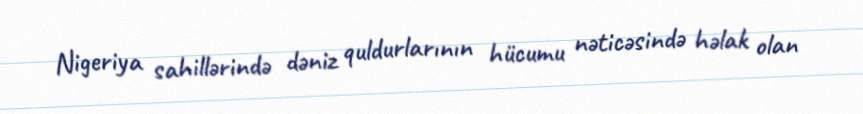
Nigeriya sahillərində dəniz quldurlarının hücumu nəticəsində həlak olan